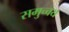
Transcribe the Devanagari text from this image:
समुच्‍चय